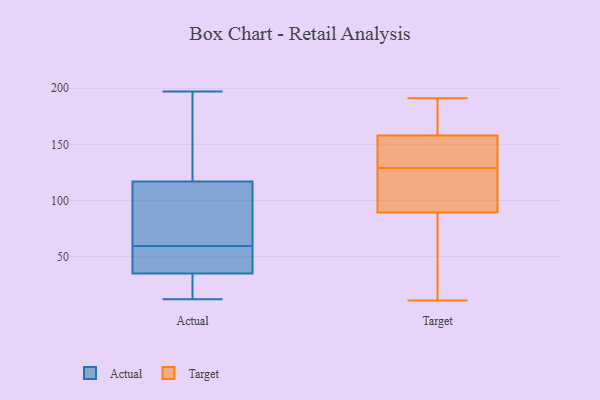
{"axis": {"x": "Active Users", "y": "Value"}, "legend": ["Actual", "Target"], "data": [{"x": "", "y": 117, "type": "Actual"}, {"x": "", "y": 72, "type": "Actual"}, {"x": "", "y": 197, "type": "Actual"}, {"x": "", "y": 94, "type": "Actual"}, {"x": "", "y": 34, "type": "Actual"}, {"x": "", "y": 44, "type": "Actual"}, {"x": "", "y": 130, "type": "Actual"}, {"x": "", "y": 12, "type": "Actual"}, {"x": "", "y": 35, "type": "Actual"}, {"x": "", "y": 47, "type": "Actual"}, {"x": "", "y": 146, "type": "Target"}, {"x": "", "y": 191, "type": "Target"}, {"x": "", "y": 102, "type": "Target"}, {"x": "", "y": 11, "type": "Target"}, {"x": "", "y": 152, "type": "Target"}, {"x": "", "y": 85, "type": "Target"}, {"x": "", "y": 68, "type": "Target"}, {"x": "", "y": 177, "type": "Target"}, {"x": "", "y": 129, "type": "Target"}, {"x": "", "y": 160, "type": "Target"}, {"x": "", "y": 111, "type": "Target"}]}